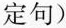
定句)